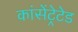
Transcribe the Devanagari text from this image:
कांसेंट्रेटेड